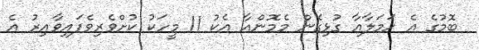
ބޮމުގެ އެ ހަމަލާއާ ގުޅިގެން މެމޮންއާ އެކު 11 މީހަކު ކުށްވެރިވެފައިވާއިރު އެ